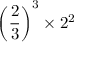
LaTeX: \left( { \frac { 2 } { 3 } } \right) ^ { 3 } \times 2 ^ { 2 }